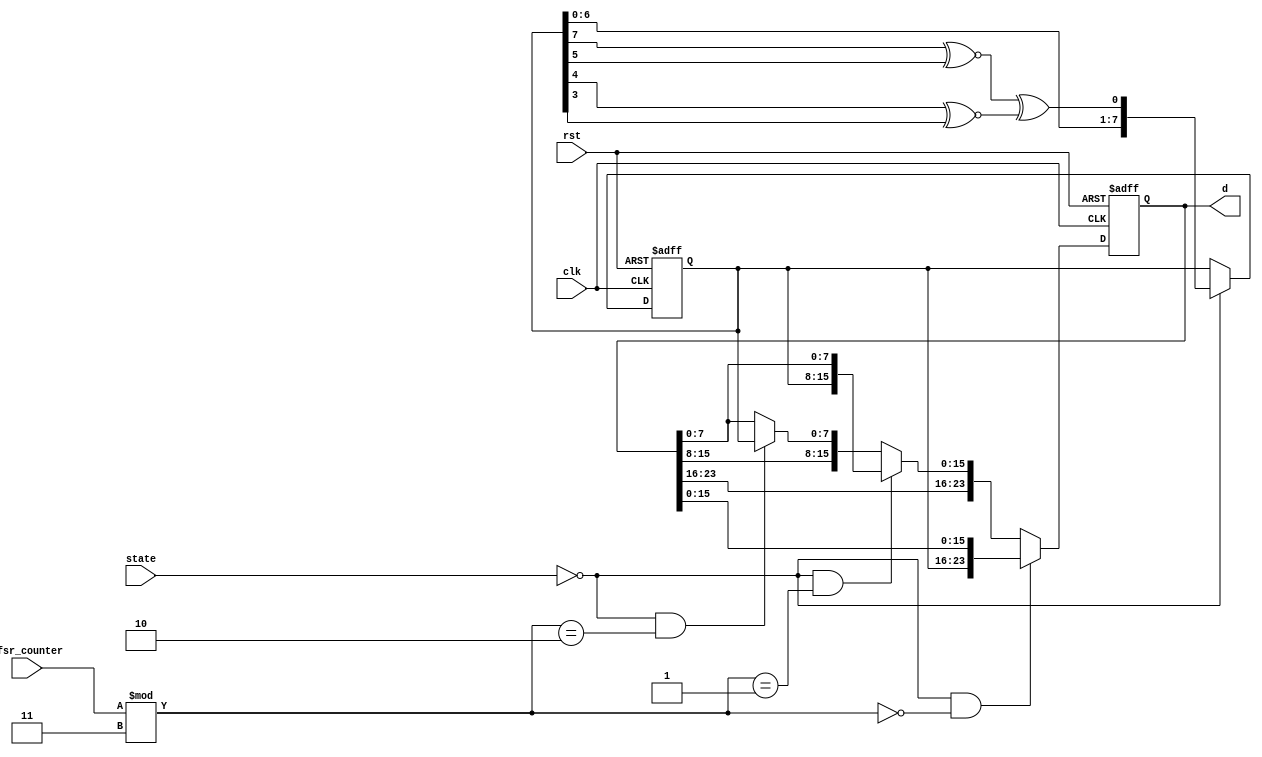
module LFSR(
	input clk,
	input rst,
	//input [7:0] seed,
  //input seed_initial,
	//input update,
	input [7:0] lfsr_counter,
	input [1:0] state,
	output reg [23:0] d// d[0] = (d[7]^~d[5]) ^ (d[4] ^ ~d[3])
);

parameter LFSR_INITIAL=2'd0,
		  TRAIN=2'd1,
		  FIND_MIN=2'd2;

reg [7:0] d_l;

always@(posedge clk or posedge rst)
	if(rst)
		d_l<=8'd7;
	else if(state==LFSR_INITIAL)
		d_l<={d_l[6:0],((d_l[7]~^d_l[5])^(d_l[4]~^d_l[3]))};
	else
		d_l<=d_l;

always@(posedge clk or posedge rst)
	if(rst)
		d<={8'd7,16'd0};
	else if(state==LFSR_INITIAL && (lfsr_counter%3)==8'd0 )
		d<={d_l,d[15:0]};
	else if(state==LFSR_INITIAL && (lfsr_counter%3)==8'd1 )
		d<={d[23:16],d_l,d[7:0]};
	else if(state==LFSR_INITIAL && (lfsr_counter%3)==8'd2 )
		d<={d[23:8],d_l};
	else
		d<=d;

endmodule